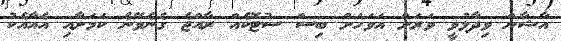
އާޝާން ވިދާޅުވީ ވަރަށް އަވަހަށް ބިސް ސުޓޮކެއް ރާއްޖެ ގެނެވޭނެ ކަމަށާއި އެއާއެކު